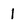
Character: 1